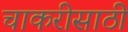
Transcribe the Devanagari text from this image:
चाकरीसाठी